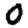
Digit: 0